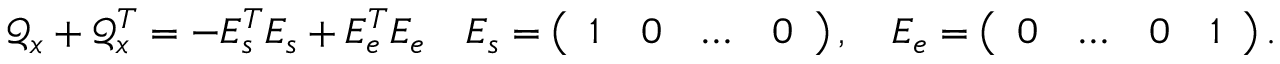
\mathcal { Q } _ { x } + \mathcal { Q } _ { x } ^ { T } = - E _ { s } ^ { T } E _ { s } + E _ { e } ^ { T } E _ { e } \quad E _ { s } = \left( \begin{array} { l l l l } { 1 } & { 0 } & { \ldots } & { 0 } \end{array} \right) , \quad E _ { e } = \left( \begin{array} { l l l l } { 0 } & { \ldots } & { 0 } & { 1 } \end{array} \right) .